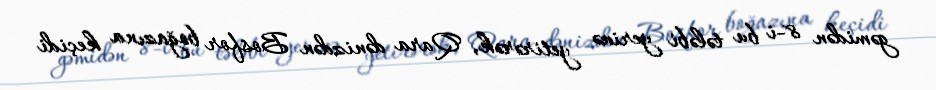
gəmidən 8-i bu tələbi yerinə yetirərək, Qara dənizdən Bosfor boğazına keçidi